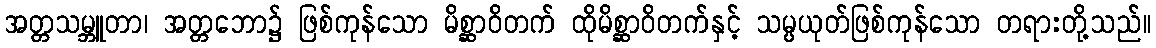
အတ္တသမ္ဘူတာ၊ အတ္တဘော၌ ဖြစ်ကုန်သော မိစ္ဆာဝိတက် ထိုမိစ္ဆာဝိတက်နှင့် သမ္ပယုတ်ဖြစ်ကုန်သော တရားတို့သည်။